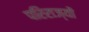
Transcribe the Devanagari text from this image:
परिराज्यों